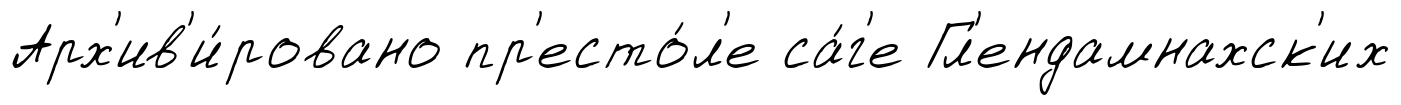
Арх'ив'и́ровано пр'есто́л'е са́г'е Гл'ендамнахск'их